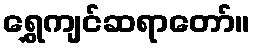
ရွှေကျင်ဆရာတော်။